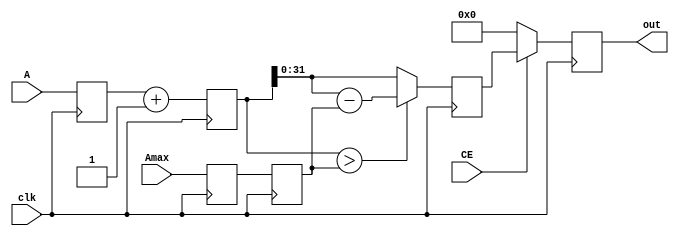
module ad_addsub (
  clk,
  A,
  Amax,
  out,
  CE
);

  // parameters

  parameter   A_WIDTH = 32;
  parameter   CONST_VALUE = 32'h1;
  parameter   ADD_SUB = 0;

  localparam  ADDER = 0;
  localparam  SUBSTRACTER = 1;

  // I/O definitions

  input                     clk;
  input   [(A_WIDTH-1):0]   A;
  input   [(A_WIDTH-1):0]   Amax;
  output  [(A_WIDTH-1):0]   out;
  input                     CE;

  // registers

  reg     [(A_WIDTH-1):0]   out = 'b0;
  reg     [A_WIDTH:0]       out_d = 'b0;
  reg     [A_WIDTH:0]       out_d2 = 'b0;
  reg     [(A_WIDTH-1):0]   A_d = 'b0;
  reg     [(A_WIDTH-1):0]   A_d2 = 'b0;
  reg     [(A_WIDTH-1):0]   Amax_d = 'b0;
  reg     [(A_WIDTH-1):0]   Amax_d2 = 'b0;

  // constant regs

  reg     [(A_WIDTH-1):0]   B_reg = CONST_VALUE;

  // latch the inputs

  always @(posedge clk) begin
      A_d <= A;
      A_d2 <= A_d;
      Amax_d <= Amax;
      Amax_d2 <= Amax_d;
  end

  // ADDER/SUBSTRACTER

  always @(posedge clk) begin
    if ( ADD_SUB == ADDER ) begin
      out_d <= A_d + B_reg;
    end else begin
      out_d <= A_d - B_reg;
    end
  end

  // Resolve

  always @(posedge clk) begin
    if ( ADD_SUB == ADDER ) begin
      if ( out_d > Amax_d2 ) begin
        out_d2 <= out_d - Amax_d2;
      end else begin
        out_d2 <= out_d;
      end
    end else begin // SUBSTRACTER
      if ( out_d[A_WIDTH] == 1'b1 ) begin
        out_d2 <= Amax_d2 + out_d;
      end else begin
        out_d2 <= out_d;
      end
    end
  end

  // output logic

  always @(posedge clk) begin
    if ( CE ) begin
      out <= out_d2;
    end else begin
      out <= 'b0;
    end
  end

endmodule